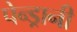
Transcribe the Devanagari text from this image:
पेन्ड्रानी